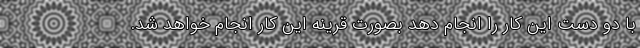
با دو دست این کار را انجام دهد بصورت قرینه این کار انجام خواهد شد.